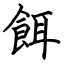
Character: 餌